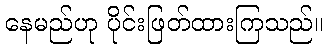
နေမည်ဟု ပိုင်းဖြတ်ထားကြသည်။